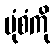
ပုံစံကို